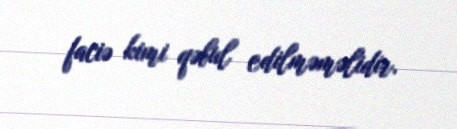
faciə kimi qəbul edilməməlidir.